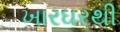
ખારઘરથી